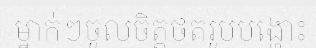
ម្នាក់ៗចូលចិត្តថតរូបបង្ហោះ